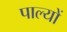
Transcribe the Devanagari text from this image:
पाल्यों